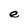
Character: e